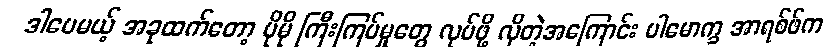
ဒါပေမယ့် အခုထက်တော့ ပိုမို ကြီးကြပ်မှုတွေ လုပ်ဖို့ လိုတဲ့အကြောင်း ပါမောက္ခ အာရစ်ဖ်က